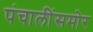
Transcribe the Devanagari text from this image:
पंचालींसमोर